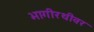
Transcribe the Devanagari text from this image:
भागीरथीवर